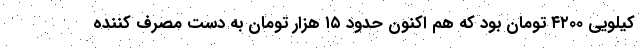
کیلویی ۴۲۰۰ تومان بود که هم اکنون حدود ۱۵ هزار تومان به دست مصرف کننده